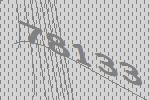
78133